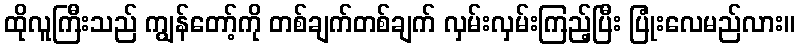
ထိုလူကြီးသည် ကျွန်တော့်ကို တစ်ချက်တစ်ချက် လှမ်းလှမ်းကြည့်ပြီး ပြုံးလေမည်လား။